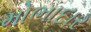
મોભાદાર